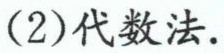
(2)代数法.